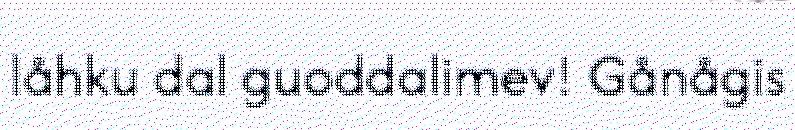
låhku dal guoddalimev! Gånågis